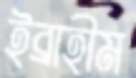
ইব্রাহীম